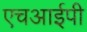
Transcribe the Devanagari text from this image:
एचआईपी